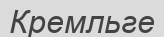
Кремльге